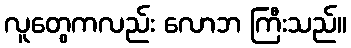
လူတွေကလည်း လောဘ ကြီးသည်။